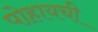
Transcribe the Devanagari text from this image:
पोहायची